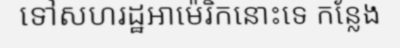
ទៅសហរដ្ឋអាម៉េរិកនោះទេ កន្លែង